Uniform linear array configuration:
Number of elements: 64
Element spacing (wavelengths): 0.25
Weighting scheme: kaiser
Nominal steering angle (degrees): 15
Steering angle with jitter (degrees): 16.685
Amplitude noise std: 0.05
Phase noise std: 0.05

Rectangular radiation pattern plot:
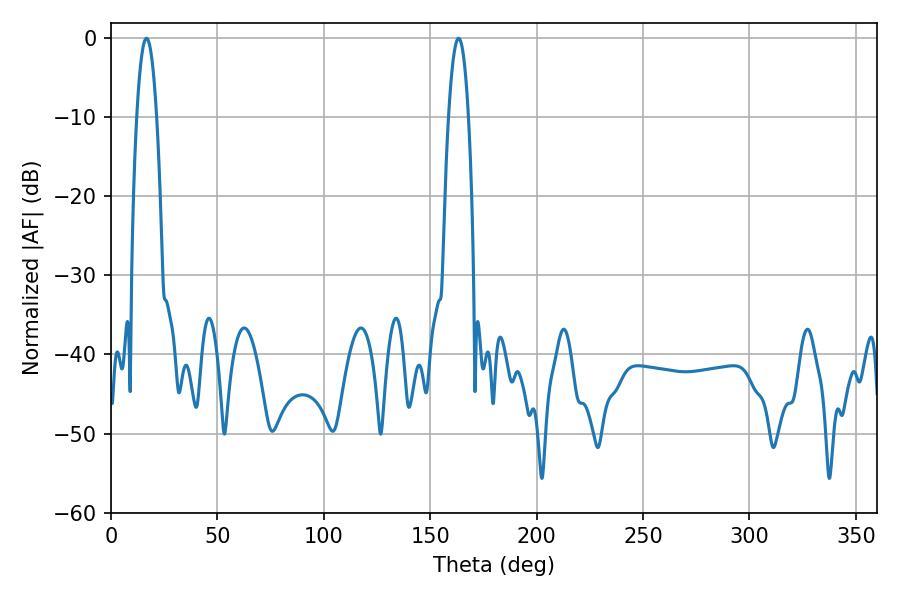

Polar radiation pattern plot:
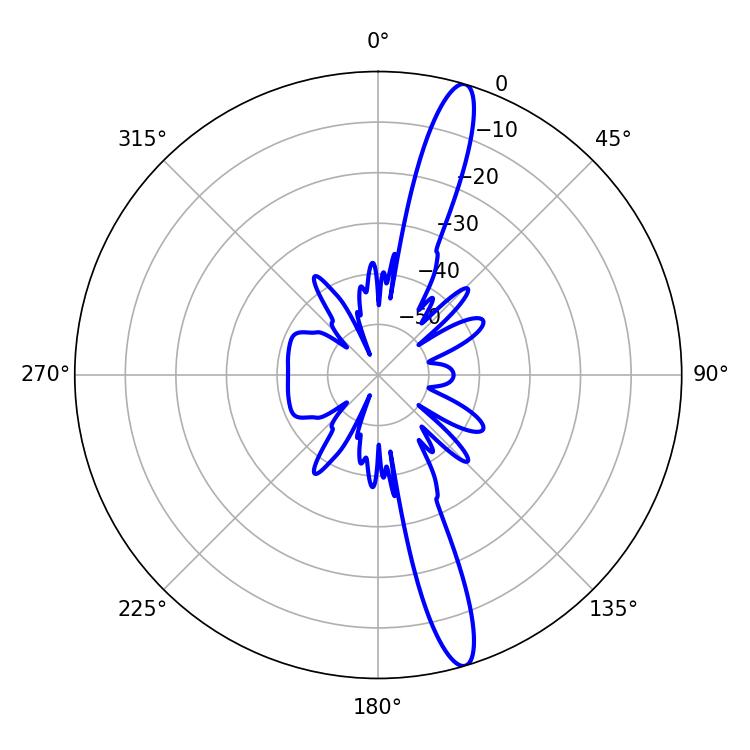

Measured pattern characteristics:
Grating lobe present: FALSE
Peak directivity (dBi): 15.528
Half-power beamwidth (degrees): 5.22
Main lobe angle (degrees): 16.74